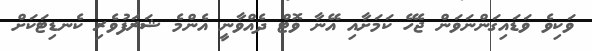
ވަކިވެ ވަޑައިގަންނަވަން ޖެހޭ ކަމަށާއި އޭނާ ވޮޓް ދެއްވާނީ އެންމެ ޝަރަފުވެރި ކެނޑިޓަކަށް